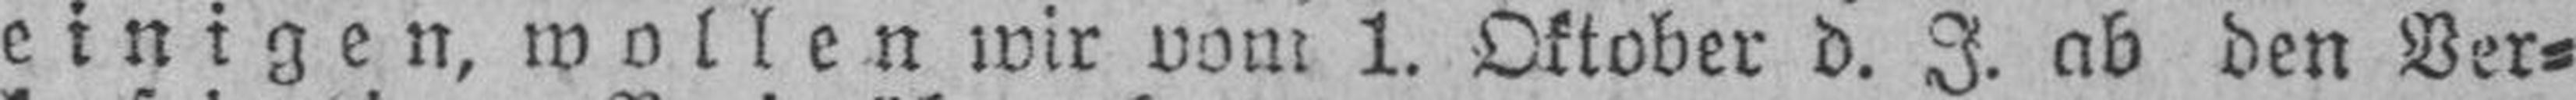
einigen, wallen wir vom 1. Oktober d. J. ab den Ver¬